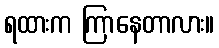
ရထားက ကြာနေတာလား။